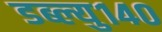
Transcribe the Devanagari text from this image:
डब्ल्यु१४०